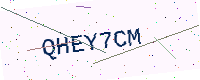
Text: QHEY7CM